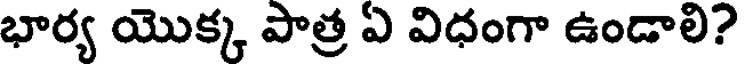
భార్య యొక్క పాత్ర ఏ విధంగా ఉండాలి?